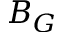
B _ { G }